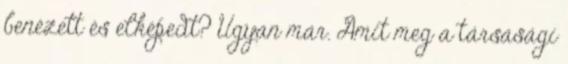
benézett és elképedt? Ugyan már. Amit meg a társasági